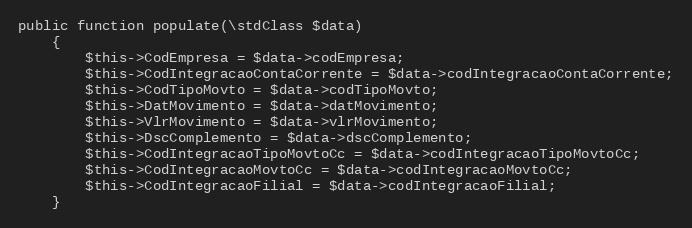
Language: PHP
public function populate(\stdClass $data)
    {
        $this->CodEmpresa = $data->codEmpresa;
        $this->CodIntegracaoContaCorrente = $data->codIntegracaoContaCorrente;
        $this->CodTipoMovto = $data->codTipoMovto;
        $this->DatMovimento = $data->datMovimento;
        $this->VlrMovimento = $data->vlrMovimento;
        $this->DscComplemento = $data->dscComplemento;
        $this->CodIntegracaoTipoMovtoCc = $data->codIntegracaoTipoMovtoCc;
        $this->CodIntegracaoMovtoCc = $data->codIntegracaoMovtoCc;
        $this->CodIntegracaoFilial = $data->codIntegracaoFilial;
    }